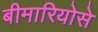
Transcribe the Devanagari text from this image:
बीमारियोसे